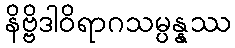
နိဗ္ဗိဒါဝိရာဂသမ္ပန္နဿ